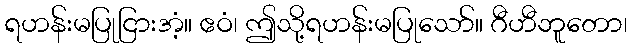
ရဟန်းမပြုငြားအံ့။ ဧဝံ၊ ဤသို့ရဟန်းမပြုသော်။ ဂီဟီဘူတော၊